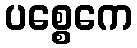
ပစ္စေကေ